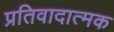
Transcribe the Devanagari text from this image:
प्रतिवादात्मक